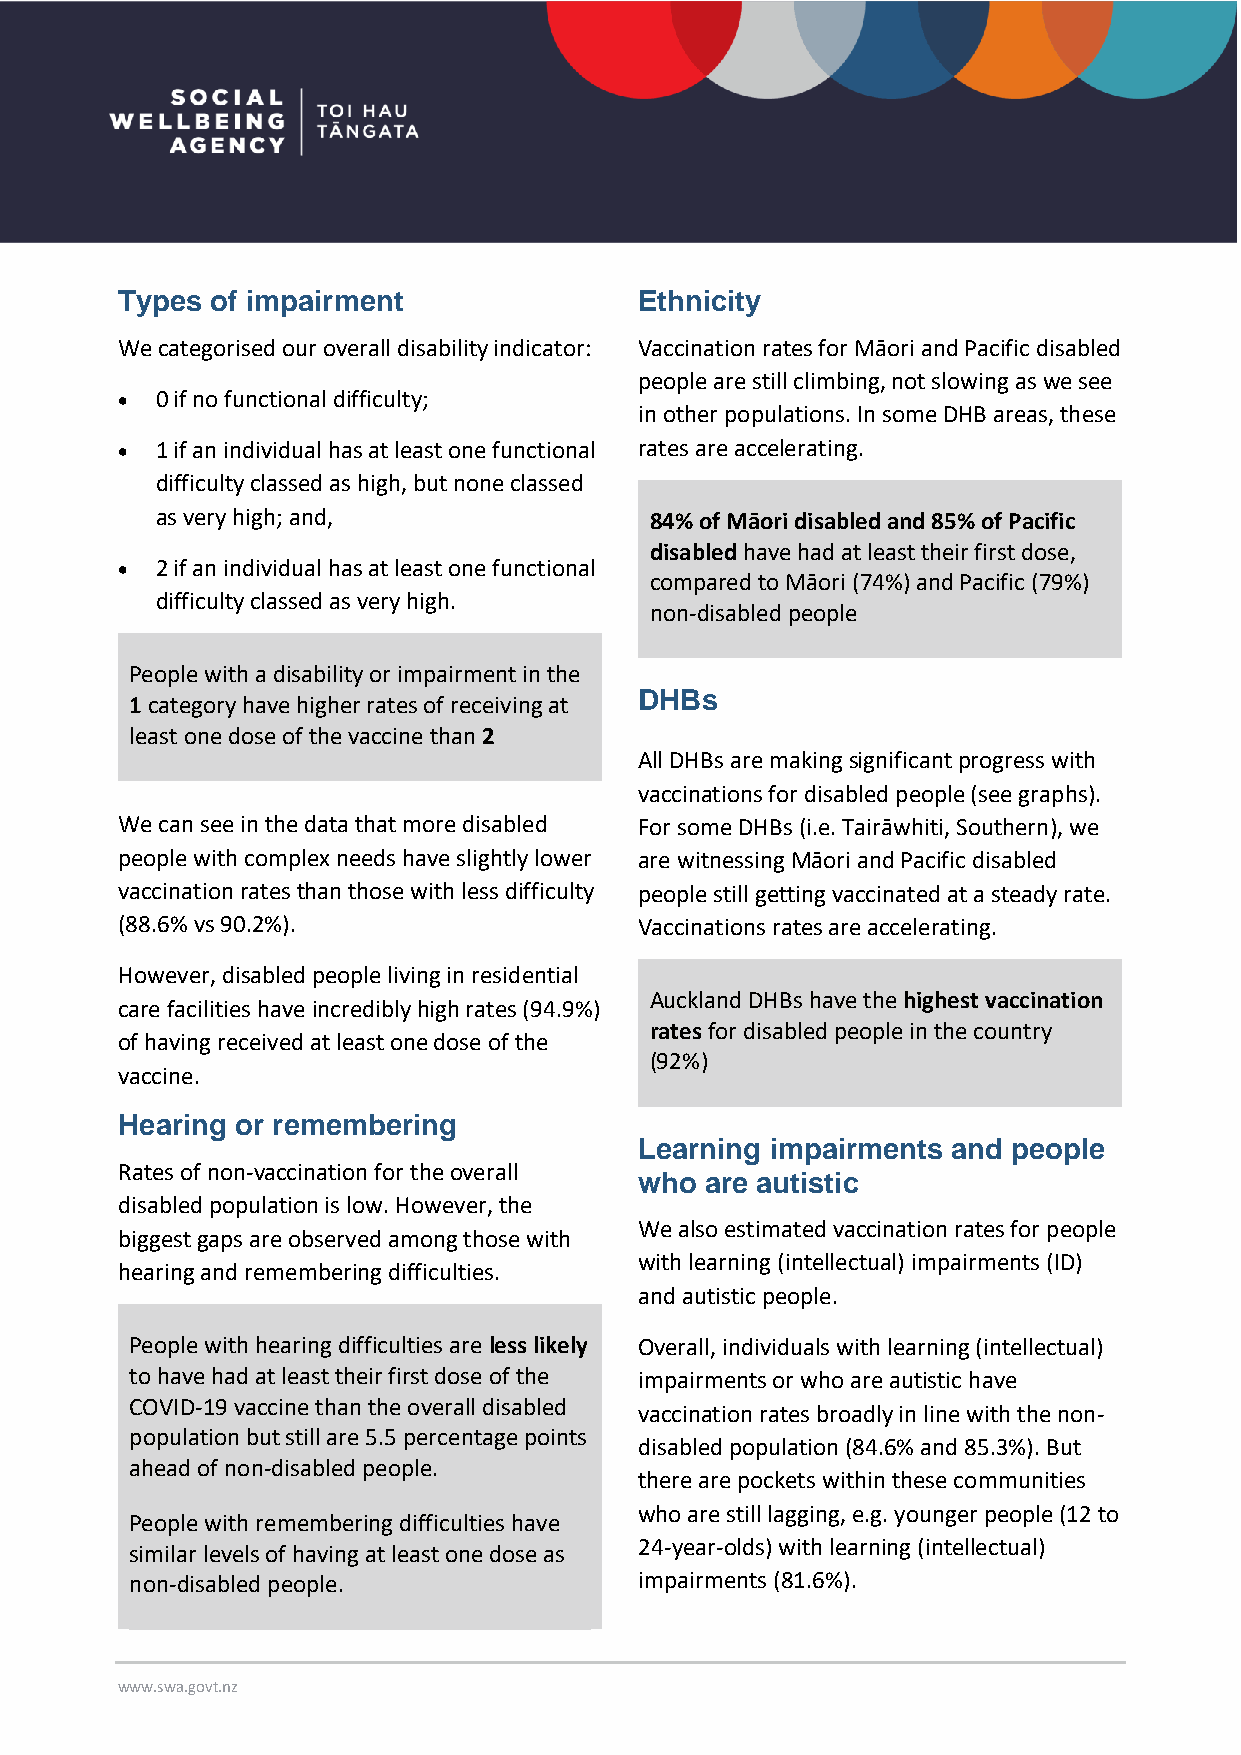
Types of impairment               Ethnicity
 We categorised our overall disability indicator: Vaccination rates for Māori and Pacific disabled
 people are still climbing, not slowing as we see
 • 0 if no functional difficulty;
 in other populations. In some DHB areas, these
 • 1 if an individual has at least one functional rates are accelerating.
 difficulty classed as high, but none classed
 as very high; and,               84% of Māori disabled and 85% of Pacific
 disabled have had at least their first dose,
 • 2 if an individual has at least one functional
 compared to Māori (74%) and Pacific (79%)
 difficulty classed as very high.
 non-disabled people
 People with a disability or impairment in the
 DHBs
 1 category have higher rates of receiving at
 least one dose of the vaccine than 2
 All DHBs are making significant progress with
 vaccinations for disabled people (see graphs).
 We can see in the data that more disabled For some DHBs (i.e. Tairāwhiti, Southern), we
 people with complex needs have slightly lower are witnessing Māori and Pacific disabled
 vaccination rates than those with less difficulty people still getting vaccinated at a steady rate.
 (88.6% vs 90.2%).                 Vaccinations rates are accelerating.
 However, disabled people living in residential
 Auckland DHBs have the highest vaccination
 care facilities have incredibly high rates (94.9%)
 rates for disabled people in the country
 of having received at least one dose of the
 (92%)
 vaccine.
 Hearing or remembering
 Learning impairments and people
 Rates of non-vaccination for the overall
 who  are autistic
 disabled population is low. However, the
 We also estimated vaccination rates for people
 biggest gaps are observed among those with
 with learning (intellectual) impairments (ID)
 hearing and remembering difficulties.
 and autistic people.
 People with hearing difficulties are less likely Overall, individuals with learning (intellectual)
 to have had at least their first dose of the impairments or who are autistic have
 COVID-19 vaccine than the overall disabled
 vaccination rates broadly in line with the non-
 population but still are 5.5 percentage points
 disabled population (84.6% and 85.3%). But
 ahead of non-disabled people.
 there are pockets within these communities
 who are still lagging, e.g. younger people (12 to
 People with remembering difficulties have
 24-year-olds) with learning (intellectual)
 similar levels of having at least one dose as
 non-disabled people.             impairments (81.6%).
 www.swa.govt.nz